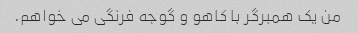
من یک همبرگر با کاهو و گوجه فرنگی می خواهم.